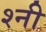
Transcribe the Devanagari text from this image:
श्नी